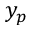
y _ { p }